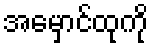
အမှောင်ထုကို